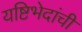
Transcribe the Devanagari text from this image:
यष्टिभेदांची